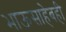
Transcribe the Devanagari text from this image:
भाऊसाहेबही